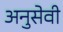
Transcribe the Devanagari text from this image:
अनुसेवी